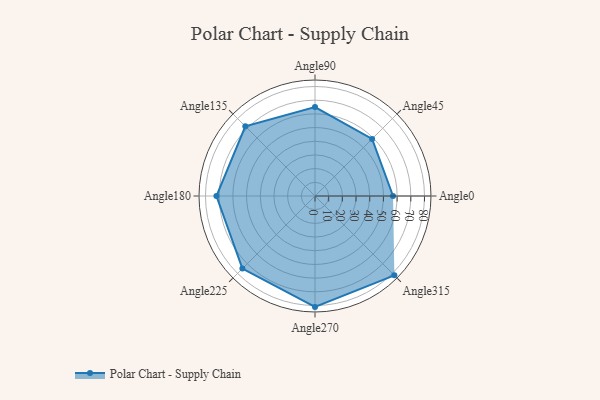
{"axis": {"x": "Angle", "y": "Radius"}, "legend": [""], "data": [{"x": "Angle0", "y": 57.0, "type": ""}, {"x": "Angle45", "y": 59.0, "type": ""}, {"x": "Angle90", "y": 65.0, "type": ""}, {"x": "Angle135", "y": 72.0, "type": ""}, {"x": "Angle180", "y": 72.0, "type": ""}, {"x": "Angle225", "y": 75.0, "type": ""}, {"x": "Angle270", "y": 81.0, "type": ""}, {"x": "Angle315", "y": 82.0, "type": ""}]}